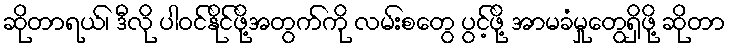
ဆိုတာရယ်၊ ဒီလို ပါဝင်နိုင်ဖို့အတွက်ကို လမ်းစတွေ ပွင့်ဖို့ အာမခံမှုတွေရှိဖို့ ဆိုတာ